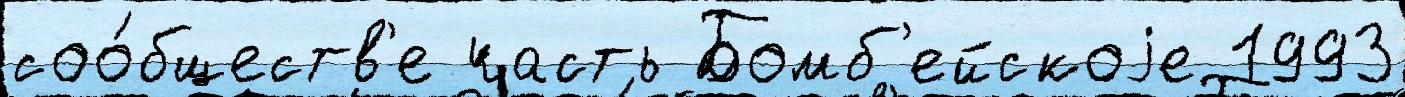
соо́бществ'е часть Бомб'ейскоjе 1993